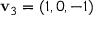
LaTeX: \mathbf { v } _ { 3 } = ( 1 , 0 , - 1 )